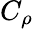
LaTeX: C_{\rho}